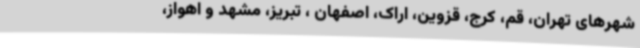
شهرهای تهران، قم، کرج، قزوین، اراک، اصفهان ، تبریز، مشهد و اهواز،